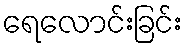
ရေလောင်းခြင်း